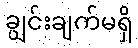
ချွင်းချက်မရှိ